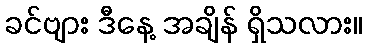
ခင်ဗျား ဒီနေ့ အချိန် ရှိသလား။